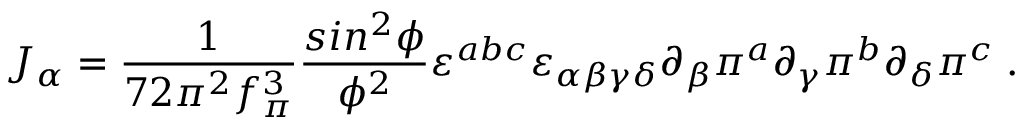
{ \cal J } _ { \alpha } = \frac { 1 } { 7 2 \pi ^ { 2 } f _ { \pi } ^ { 3 } } \frac { s i n ^ { 2 } \phi } { \phi ^ { 2 } } \varepsilon ^ { a b c } \varepsilon _ { \alpha \beta \gamma \delta } \partial _ { \beta } \pi ^ { a } \partial _ { \gamma } \pi ^ { b } \partial _ { \delta } \pi ^ { c } \; .